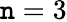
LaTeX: \mathtt{n}=3